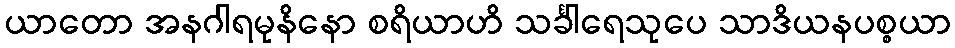
ယာတော အနဂါရမုနိနော စရိယာဟိ သင်္ခါရေသုပေ သာဒိယနပစ္စယာ